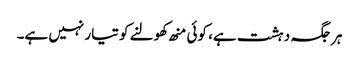
ہرجگہ دہشت ہے، کوئی منھ کھولنے کو تیار نہیں ہے۔